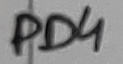
Text: PD4